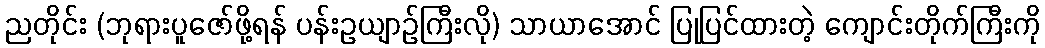
ညတိုင်း (ဘုရားပူဇော်ဖို့ရန် ပန်းဥယျာဉ်ကြီးလို) သာယာအောင် ပြုပြင်ထားတဲ့ ကျောင်းတိုက်ကြီးကို